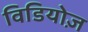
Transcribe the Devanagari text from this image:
विडियोज़